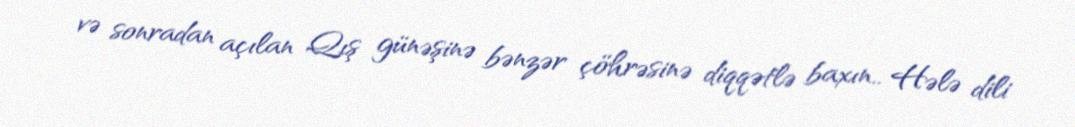
və sonradan açılan Qış günəşinə bənzər çöhrəsinə diqqətlə baxın.. Hələ dili